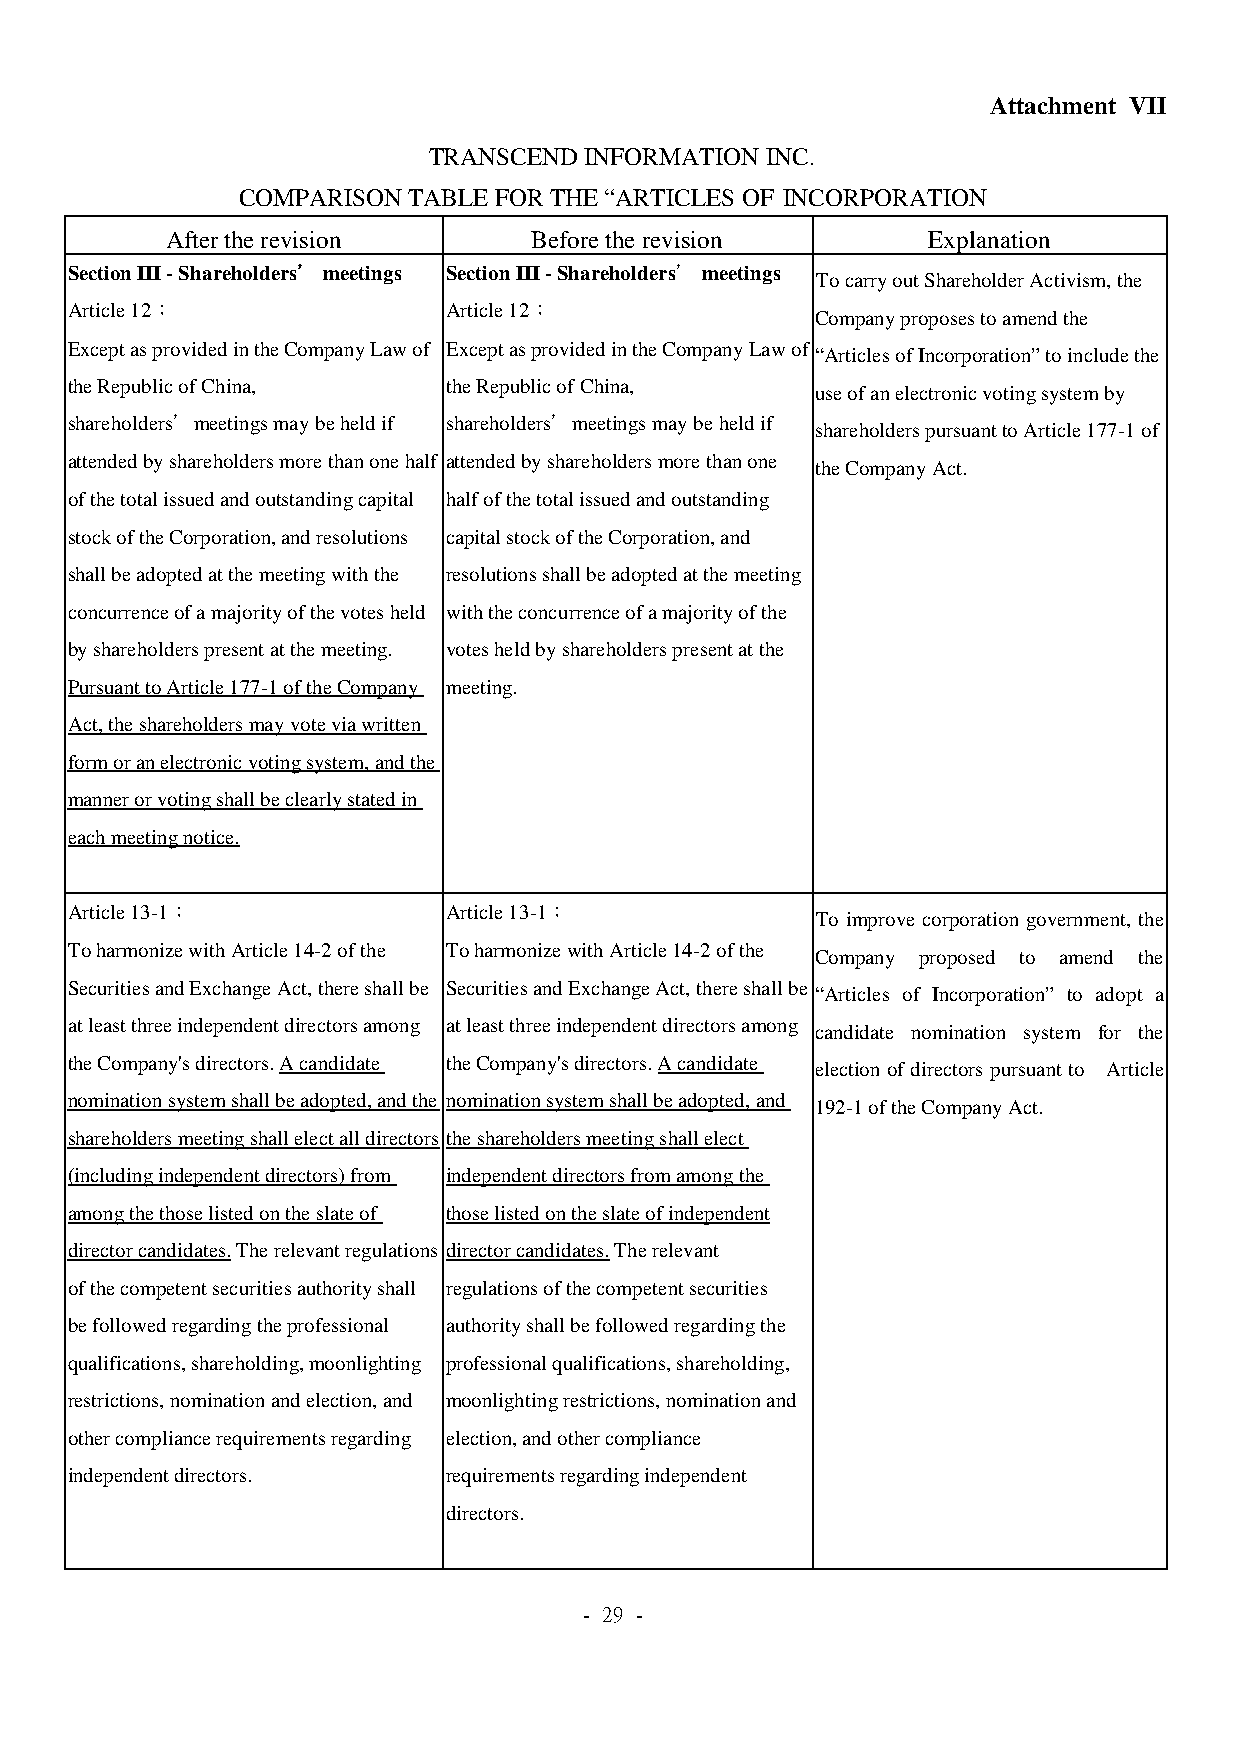
Attachment VII
 TRANSCEND  INFORMATION INC.
 COMPARISON TABLE FOR THE “ARTICLES OF INCORPORATION
 After the revision      Before the revision       Explanation
 Section III - Shareholders’’’’ meetings Section III - Shareholders’’’’ meetings
 To carry out Shareholder Activism, the
 Article 12：               Article 12：
 Company proposes to amend the
 Except as provided in the Company Law of Except as provided in the Company Law of
 “Articles of Incorporation” to include the
 the Republic of China,    the Republic of China,
 use of an electronic voting system by
 shareholders’meetings may be held if shareholders’meetings may be held if
 shareholders pursuant to Article 177-1 of
 attended by shareholders more than one half attended by shareholders more than one
 the Company Act.
 of the total issued and outstanding capital half of the total issued and outstanding
 stock of the Corporation, and resolutions capital stock of the Corporation, and
 shall be adopted at the meeting with the resolutions shall be adopted at the meeting
 concurrence of a majority of the votes held with the concurrence of a majority of the
 by shareholders present at the meeting. votes held by shareholders present at the
 Pursuant to Article 177-1 of the Company meeting.
 Act, the shareholders may vote via written
 form or an electronic voting system, and the
 manner or voting shall be clearly stated in
 each meeting notice.
 Article 13-1：             Article 13-1：
 To improve corporation government, the
 To harmonize with Article 14-2 of the To harmonize with Article 14-2 of the
 Company proposed to amend the
 Securities and Exchange Act, there shall be Securities and Exchange Act, there shall be
 “Articles of Incorporation” to adopt a
 at least three independent directors among at least three independent directors among
 candidate nomination system for the
 the Company's directors. A candidate the Company's directors. A candidate
 election of directors pursuant to Article
 nomination system shall be adopted, and the nomination system shall be adopted, and
 192-1 of the Company Act.
 shareholders meeting shall elect all directors the shareholders meeting shall elect
 (including independent directors) from independent directors from among the
 among the those listed on the slate of those listed on the slate of independent
 director candidates. The relevant regulations director candidates. The relevant
 of the competent securities authority shall regulations of the competent securities
 be followed regarding the professional authority shall be followed regarding the
 qualifications, shareholding, moonlighting professional qualifications, shareholding,
 restrictions, nomination and election, and moonlighting restrictions, nomination and
 other compliance requirements regarding election, and other compliance
 independent directors.    requirements regarding independent
 directors.
 - 29 -